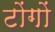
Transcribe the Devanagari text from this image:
टोंगों